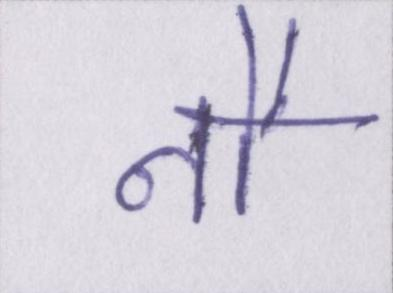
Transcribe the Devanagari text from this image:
नौ